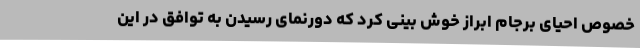
خصوص احیای برجام ابراز خوش بینی کرد که دورنمای رسیدن به توافق در این